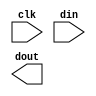
module gen_pipe
	#(
	parameter PIPE_WIDTH   = 9'd32,
		  PIPE_DEPTH   = 5'd4
	)
	(
	input				clk,
	input	[PIPE_WIDTH -1 :0]	din,
	output	[PIPE_WIDTH -1 :0]	dout
	);

	reg	[PIPE_WIDTH - 1:0]	pipe_reg [PIPE_DEPTH - 1:0];
	reg	[9:0]	n;



	always @(posedge clk) begin
		for(n=(PIPE_DEPTH[9:0] - 10'h1); n!=10'h0; n=n-10'h1)
			pipe_reg[n] <= pipe_reg[n-10'h1];
		pipe_reg[0] <= din;;
	end

	assign dout = pipe_reg[PIPE_DEPTH - 1];

endmodule